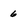
Character: 6